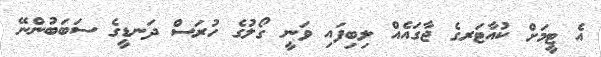
އެ ޓީމަށް ކުއާޓަރގެ ޖާގައެއް ލިބިފައި ވަނީ ގޯލުގެ ހުރަސް ދަނޑީގެ ސަބަބުންނޭ